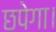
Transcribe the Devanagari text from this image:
छपेगा।